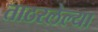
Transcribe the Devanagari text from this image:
ताठरलेल्या